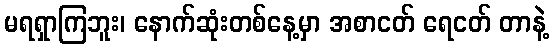
မရရှာကြဘူး၊ နောက်ဆုံးတစ်နေ့မှာ အစာငတ် ရေငတ် တာနဲ့